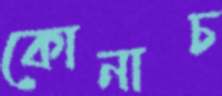
কোনাচ